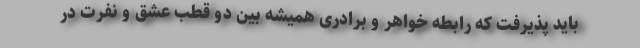
باید پذیرفت که رابطه خواهر و برادری همیشه بین دو قطب عشق و نفرت در